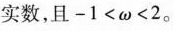
实数，且-1<ω<2。